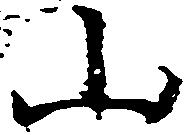
山